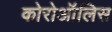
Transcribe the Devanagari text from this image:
कोरोऑलिस